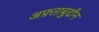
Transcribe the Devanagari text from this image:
अफ़्ताबुद्दीन